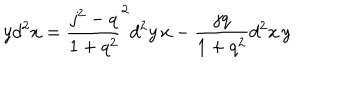
y d ^ { 2 } x = \frac { j ^ { 2 } - q } { 1 + q ^ { 2 } } ^ { 2 } d ^ { 2 } y \, x - \frac { j q } { 1 + q ^ { 2 } } d ^ { 2 } x \, y